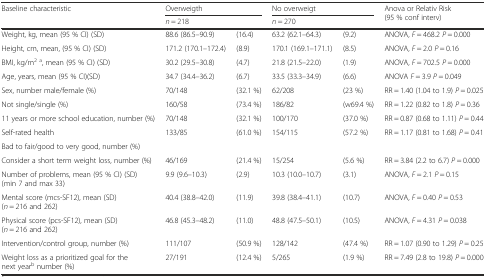
<table><thead><tr><td rowspan="2"><b>Baseline characteristic</b></td><td colspan="2"><b>Overweigth</b></td><td colspan="2"><b>No overweigt</b></td><td rowspan="2"><b>Anova or Relativ Risk (95 % conf interv)</b></td></tr><tr><td colspan="2"><b><i>n</i> = 218</b></td><td colspan="2"><b><i>n</i> = 270</b></td></tr></thead><tbody><tr><td>Weight, kg, mean (95 % CI) (SD)</td><td>88.6 (86.5–90.9)</td><td>(16.4)</td><td>63.2 (62.1–64.3)</td><td>(9.2)</td><td>ANOVA, <i>F</i> = 468.2 <i>P</i> = 0.000</td></tr><tr><td>Height, cm, mean, (95 % CI) (SD)</td><td>171.2 (170.1–172.4)</td><td>(8.9)</td><td>170.1 (169.1–171.1)</td><td>(8.5)</td><td>ANOVA, <i>F</i> = 2.0 <i>P</i> = 0.16</td></tr><tr><td>BMI, kg/m<sup>2</sup><sup>a</sup>, mean (95 % CI) (SD)</td><td>30.2 (29.5–30.8)</td><td>(4.7)</td><td>21.8 (21.5–22.0)</td><td>(1.9)</td><td>ANOVA, <i>F</i> = 702.5 <i>P</i> = 0.000</td></tr><tr><td>Age, years, mean (95 % CI)(SD)</td><td>34.7 (34.4–36.2)</td><td>(6.7)</td><td>33.5 (33.3–34.9)</td><td>(6.6)</td><td>ANOVA <i>F</i> = 3.9 <i>P</i> = 0.049</td></tr><tr><td>Sex, number male/female (%)</td><td>70/148</td><td>(32.1 %)</td><td>62/208</td><td>(23 %)</td><td>RR = 1.40 (1.04 to 1.9) <i>P</i> = 0.025</td></tr><tr><td>Not single/single (%)</td><td>160/58</td><td>(73.4 %)</td><td>186/82</td><td>(w69.4 %)</td><td>RR = 1.22 (0.82 to 1.8) <i>P</i> = 0.36</td></tr><tr><td>11 years or more school education, number (%)</td><td>70/148</td><td>(32.1 %)</td><td>100/170</td><td>(37.0 %)</td><td>RR = 0.87 (0.68 to 1.11) <i>P</i> = 0.44</td></tr><tr><td>Self-rated health</td><td rowspan="2">133/85</td><td rowspan="2">(61.0 %)</td><td rowspan="2">154/115</td><td rowspan="2">(57.2 %)</td><td rowspan="2">RR = 1.17 (0.81 to 1.68) <i>P</i> = 0.41</td></tr><tr><td>Bad to fair/good to very good, number (%)</td></tr><tr><td>Consider a short term weight loss, number (%)</td><td>46/169</td><td>(21.4 %)</td><td>15/254</td><td>(5.6 %)</td><td>RR = 3.84 (2.2 to 6.7) <i>P</i> = 0.000</td></tr><tr><td>Number of problems, mean (95 % CI) (SD) (min 7 and max 33)</td><td>9.9 (9.6–10.3)</td><td>(2.9)</td><td>10.3 (10.0–10.7)</td><td>(3.1)</td><td>ANOVA, <i>F</i> = 2.1 <i>P</i> = 0.15</td></tr><tr><td>Mental score (mcs-SF12), mean (SD) (<i>n</i> = 216 and 262)</td><td>40.4 (38.8–42.0)</td><td>(11.9)</td><td>39.8 (38.4–41.1)</td><td>(10.7)</td><td>ANOVA, <i>F</i> = 0.40 <i>P</i> = 0.53</td></tr><tr><td>Physical score (pcs-SF12), mean (SD) (<i>n</i> = 216 and 262)</td><td>46.8 (45.3–48.2)</td><td>(11.0)</td><td>48.8 (47.5–50.1)</td><td>(10.5)</td><td>ANOVA, <i>F</i> = 4.31 <i>P</i> = 0.038</td></tr><tr><td>Intervention/control group, number (%)</td><td>111/107</td><td>(50.9 %)</td><td>128/142</td><td>(47.4 %)</td><td>RR = 1.07 (0.90 to 1.29) <i>P</i> = 0.25</td></tr><tr><td>Weight loss as a prioritized goal for the next year<sup>b</sup> number (%)</td><td>27/191</td><td>(12.4 %)</td><td>5/265</td><td>(1.9 %)</td><td>RR = 7.49 (2.8 to 19.8) <i>P</i> = 0.000</td></tr></tbody></table>